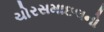
ચોરસમાઇલનો